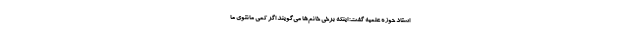
استاد حوزه علمیه گفت: اینکه برخی خانم‌ها می‌گویند اگر کمی مانتوی ما